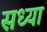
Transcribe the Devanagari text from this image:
सध्यां